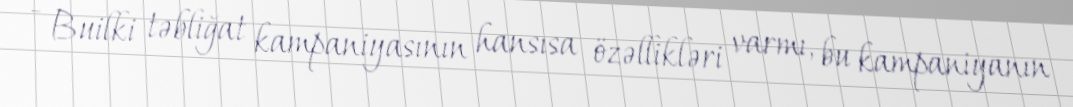
- Builki təbliğat kampaniyasının hansısa özəllikləri varmı, bu kampaniyanın